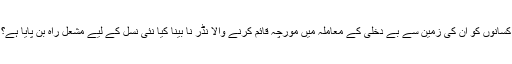
کسانوں کو اُن کی زمین سے بے دخلی کے معاملہ میں مورچہ قائم کرنے والا نڈر نا بینا کیا نئی نسل کے لیے مشعلِ راہ بن پایا ہے؟